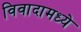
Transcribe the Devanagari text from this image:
विवादामध्ये